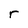
Character: r